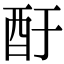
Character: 酑